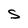
Character: S